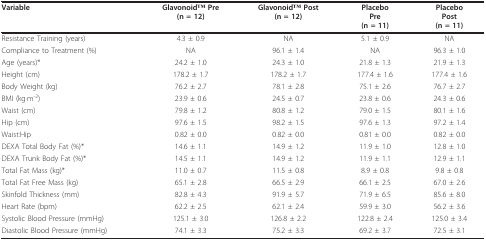
<table><thead><tr><td><b>Variable</b></td><td><b>GlavonoidTM Pre(n = 12)</b></td><td><b>GlavonoidTM Post(n = 12)</b></td><td><b>PlaceboPre(n = 11)</b></td><td><b>PlaceboPost(n = 11)</b></td></tr></thead><tbody><tr><td>Resistance Training (years)</td><td>4.3 ± 0.9</td><td>NA</td><td>5.1 ± 0.9</td><td>NA</td></tr><tr><td>Compliance to Treatment (%)</td><td>NA</td><td>96.1 ± 1.4</td><td>NA</td><td>96.3 ± 1.0</td></tr><tr><td>Age (years)*</td><td>24.2 ± 1.0</td><td>24.3 ± 1.0</td><td>21.8 ± 1.3</td><td>21.9 ± 1.3</td></tr><tr><td>Height (cm)</td><td>178.2 ± 1.7</td><td>178.2 ± 1.7</td><td>177.4 ± 1.6</td><td>177.4 ± 1.6</td></tr><tr><td>Body Weight (kg)</td><td>76.2 ± 2.7</td><td>78.1 ± 2.8</td><td>75.1 ± 2.6</td><td>76.7 ± 2.7</td></tr><tr><td>BMI (kg·m<sup>-2</sup>)</td><td>23.9 ± 0.6</td><td>24.5 ± 0.7</td><td>23.8 ± 0.6</td><td>24.3 ± 0.6</td></tr><tr><td>Waist (cm)</td><td>79.8 ± 1.2</td><td>80.8 ± 1.2</td><td>79.0 ± 1.5</td><td>80.1 ± 1.6</td></tr><tr><td>Hip (cm)</td><td>97.6 ± 1.5</td><td>98.2 ± 1.5</td><td>97.6 ± 1.3</td><td>97.2 ± 1.4</td></tr><tr><td>Waist:Hip</td><td>0.82 ± 0.0</td><td>0.82 ± 0.0</td><td>0.81 ± 0.0</td><td>0.82 ± 0.0</td></tr><tr><td>DEXA Total Body Fat (%)*</td><td>14.6 ± 1.1</td><td>14.9 ± 1.2</td><td>11.9 ± 1.0</td><td>12.8 ± 1.0</td></tr><tr><td>DEXA Trunk Body Fat (%)*</td><td>14.5 ± 1.1</td><td>14.9 ± 1.2</td><td>11.9 ± 1.1</td><td>12.9 ± 1.1</td></tr><tr><td>Total Fat Mass (kg)*</td><td>11.0 ± 0.7</td><td>11.5 ± 0.8</td><td>8.9 ± 0.8</td><td>9.8 ± 0.8</td></tr><tr><td>Total Fat Free Mass (kg)</td><td>65.1 ± 2.8</td><td>66.5 ± 2.9</td><td>66.1 ± 2.5</td><td>67.0 ± 2.6</td></tr><tr><td>Skinfold Thickness (mm)</td><td>82.8 ± 4.3</td><td>91.9 ± 5.7</td><td>71.9 ± 6.5</td><td>85.6 ± 8.0</td></tr><tr><td>Heart Rate (bpm)</td><td>62.2 ± 2.5</td><td>62.1 ± 2.4</td><td>59.9 ± 3.0</td><td>56.2 ± 3.6</td></tr><tr><td>Systolic Blood Pressure (mmHg)</td><td>125.1 ± 3.0</td><td>126.8 ± 2.2</td><td>122.8 ± 2.4</td><td>125.0 ± 3.4</td></tr><tr><td>Diastolic Blood Pressure (mmHg)</td><td>74.1 ± 3.3</td><td>75.2 ± 3.3</td><td>69.2 ± 3.7</td><td>72.5 ± 3.1</td></tr></tbody></table>